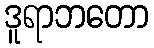
ဒူရာဘတော